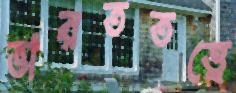
ভারততত্ত্বে